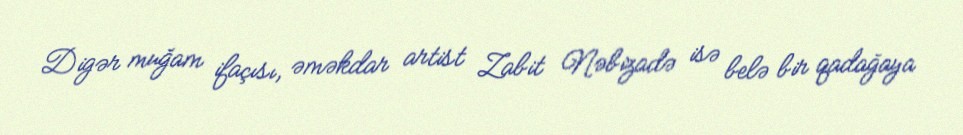
Digər muğam ifaçısı, əməkdar artist Zabit Nəbizadə isə belə bir qadağaya